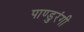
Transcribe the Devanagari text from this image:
पाण्डुरंगी